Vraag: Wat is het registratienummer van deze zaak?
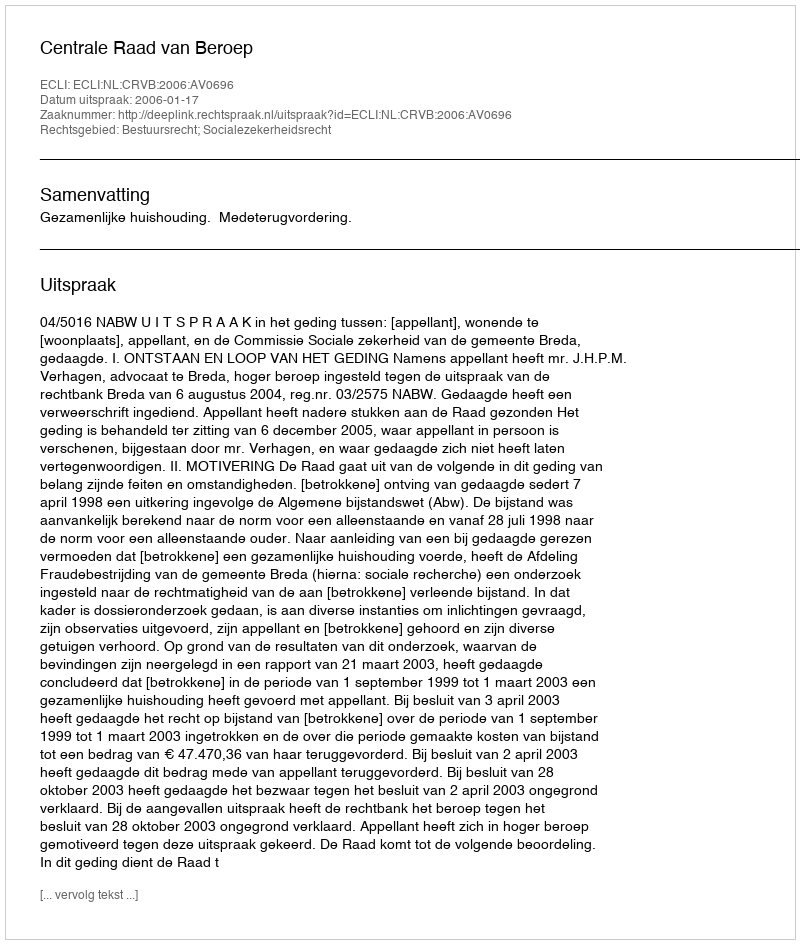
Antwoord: http://deeplink.rechtspraak.nl/uitspraak?id=ECLI:NL:CRVB:2006:AV0696